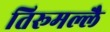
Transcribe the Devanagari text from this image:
तिरूमल्लै